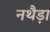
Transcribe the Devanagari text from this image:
नथैड़ा